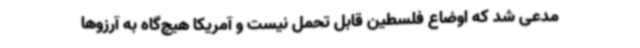
مدعی شد که اوضاع فلسطین قابل تحمل نیست و آمریکا هیچ‌گاه به آرزوها